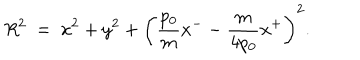
LaTeX: R ^ { 2 } ~ = ~ x ^ { 2 } + y ^ { 2 } + \left( { \frac { p _ { 0 } } { m } } x ^ { - } - { \frac { m } { 4 p _ { 0 } } } x ^ { + } \right) ^ { 2 } .